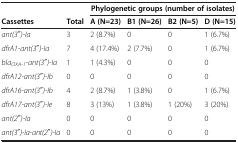
|  |  | <COLSPAN=4> Phylogenetic groups (number of isolates) |
 | Cassettes | Total | A (N=23) | B1 (N=26) | B2 (N=5) | D (N=15) |
 | --- | --- | --- | --- | --- | --- |
 | ant(3′′)-Ia | 3 | 2 (8.7%) | 0 | 0 | 1 (6.7%) |
 | dfrA1-ant(3′′)-Ia | 7 | 4 (17.4%) | 2 (7.7%) | 0 | 1 (6.7%) |
 | blaOXA-1-ant(3′′)-Ia | 1 | 1 (4.3%) | 0 | 0 | 0 |
 | dfrA12-ant(3′′)-Ib | 0 | 0 | 0 | 0 | 0 |
 | dfrA16-ant(3′′)-Ib | 4 | 2 (8.7%) | 1 (3.8%) | 0 | 1 (6.7%) |
 | dfrA17-ant(3′′)-Ie | 8 | 3 (13%) | 1 (3.8%) | 1 (20%) | 3 (20%) |
 | ant(2′′)-Ia | 0 | 0 | 0 | 0 | 0 |
 | ant(3′′)-Ia-ant(2′′)-Ia | 0 | 0 | 0 | 0 | 0 |